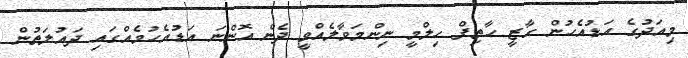
މިއަދުގެ އަޑުއެހުން ގާޒީ ހާތިފް ހިލްމީ ނިންމަވާލެއްވީ ދެން އޮންނަ އަޑުއެހުމެއްގައި ދައުލަތުން